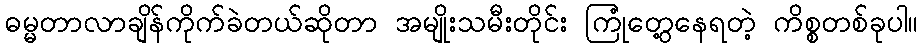
ဓမ္မတာလာချိန်ကိုက်ခဲတယ်ဆိုတာ အမျိုးသမီးတိုင်း ကြုံတွေ့နေရတဲ့ ကိစ္စတစ်ခုပါ။